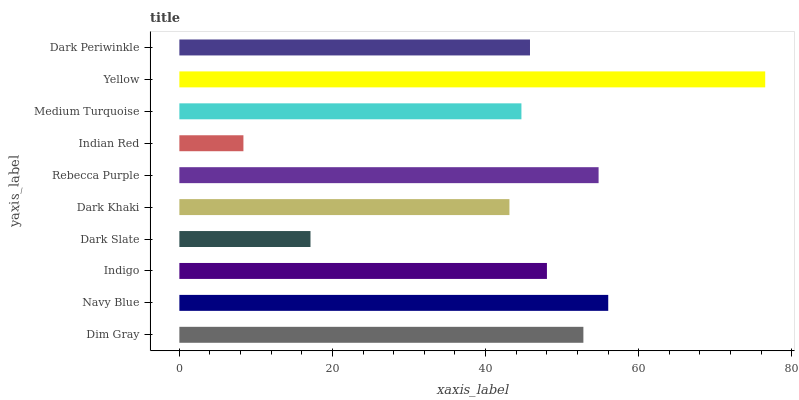
| yaxis_label | bars |
 | --- | --- |
 | Dim Gray | 52.8 |
 | Navy Blue | 56 |
 | Indigo | 48 |
 | Dark Slate | 17.1 |
 | Dark Khaki | 43.1 |
 | Rebecca Purple | 54.8 |
 | Indian Red | 8.37 |
 | Medium Turquoise | 44.7 |
 | Yellow | 76.5 |
 | Dark Periwinkle | 45.8 |